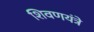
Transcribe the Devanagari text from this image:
शिवणयंत्रे